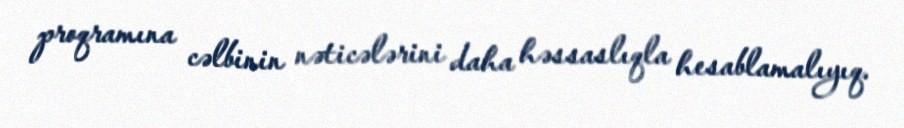
proqramına cəlbinin nəticələrini daha həssaslıqla hesablamalıyıq.